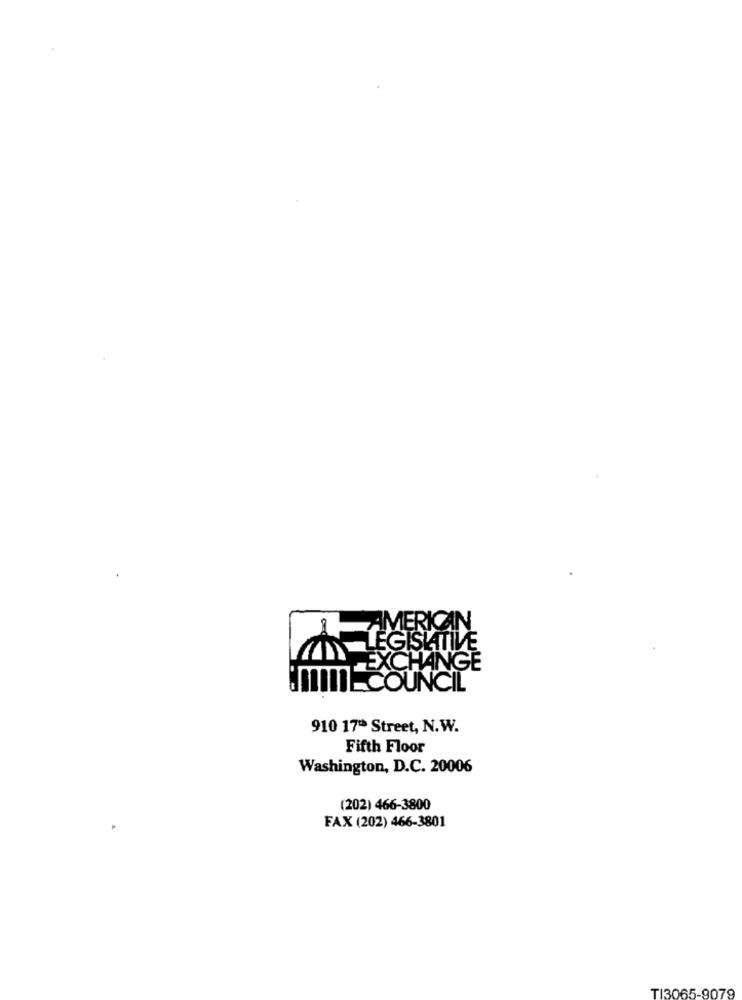
HANGE
UNCIL
910 17º Street, N.W.
Fifth Floor
Washington, D.C. 20006
(202) 466-3800
FAX (202) 466-3801
TI3065-9079